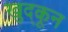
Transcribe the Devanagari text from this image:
खुद्कून